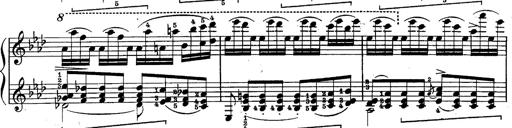
Title: Schubert's Impromptus [revised and edited by Franz Liszt]
Composer: Franz Liszt